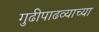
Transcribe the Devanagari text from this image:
गुढीपाढव्याच्या